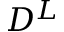
D ^ { L }